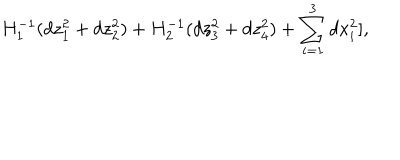
LaTeX: H _ { 1 } ^ { - 1 } ( d z _ { 1 } ^ { 2 } + d z _ { 2 } ^ { 2 } ) + H _ { 2 } ^ { - 1 } ( d z _ { 3 } ^ { 2 } + d z _ { 4 } ^ { 2 } ) + \sum _ { i = 1 } ^ { 3 } d x _ { i } ^ { 2 } ] ,